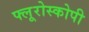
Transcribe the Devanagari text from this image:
फ्लूरोस्कोपी